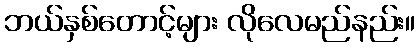
ဘယ်နှစ်တောင့်များ လိုလေမည်နည်း။